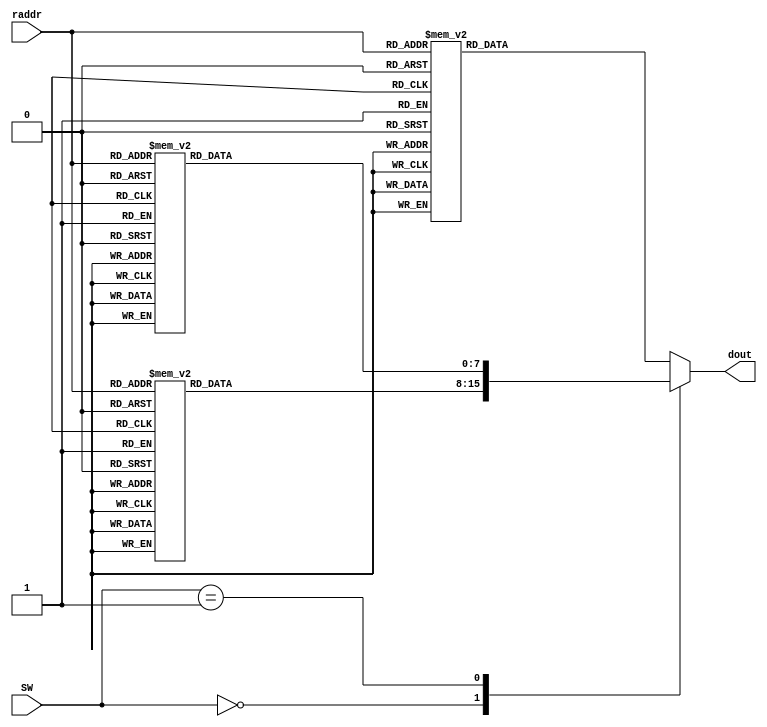
module LCD_message (
	input		   [1:0] SW,
	input			[4:0] raddr,
	output reg	[7:0]	dout
	);
	
   always @(raddr, SW)
		case (SW[1:0])
		
			0: begin
				case(raddr)
					0: dout = "M";
					1: dout = "o";
					2: dout = "d";
					3: dout = "e";
					4: dout = ":";
					16: dout = "D";
					17: dout = "e";
					18: dout = "c";
					19: dout = "r";
					20: dout = "e";
					21: dout = "a";
					22: dout = "s";
					23: dout = "e";
					default: dout = " ";
				endcase
			end
			
			1: begin
				case(raddr)
					0: dout = "M";
					1: dout = "o";
					2: dout = "d";
					3: dout = "e";
					4: dout = ":";
					16: dout = "I";
					17: dout = "n";
					18: dout = "c";
					19: dout = "r";
					20: dout = "e";
					21: dout = "a";
					22: dout = "s";
					23: dout = "e";
					default: dout = " ";
				endcase
			end
			
			default: begin
				case(raddr)
					0: dout = "M";
					1: dout = "o";
					2: dout = "d";
					3: dout = "e";
					4: dout = ":";
					16: dout = "R";
					17: dout = "e";
					18: dout = "s";
					19: dout = "e";
					20: dout = "t";
					default: dout = " ";
				endcase
			end
		endcase
	
endmodule